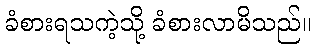
ခံစားရသကဲ့သို့ ခံစားလာမိသည်။